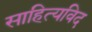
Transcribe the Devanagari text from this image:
साहित्यविद